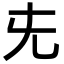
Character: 兂